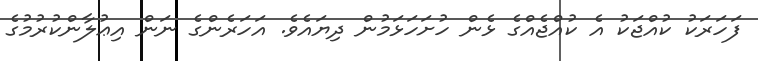
ފަހަރަކު ކުއްޖަކު އެ ކުއްޖެއްގެ ޅެން ހުށަހަޅަމުން ދިޔައެވެ. އަހަރެންގެ ނަން އިޢުލާންކުރުމުގެ